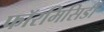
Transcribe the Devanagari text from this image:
फॉरमिसिडी